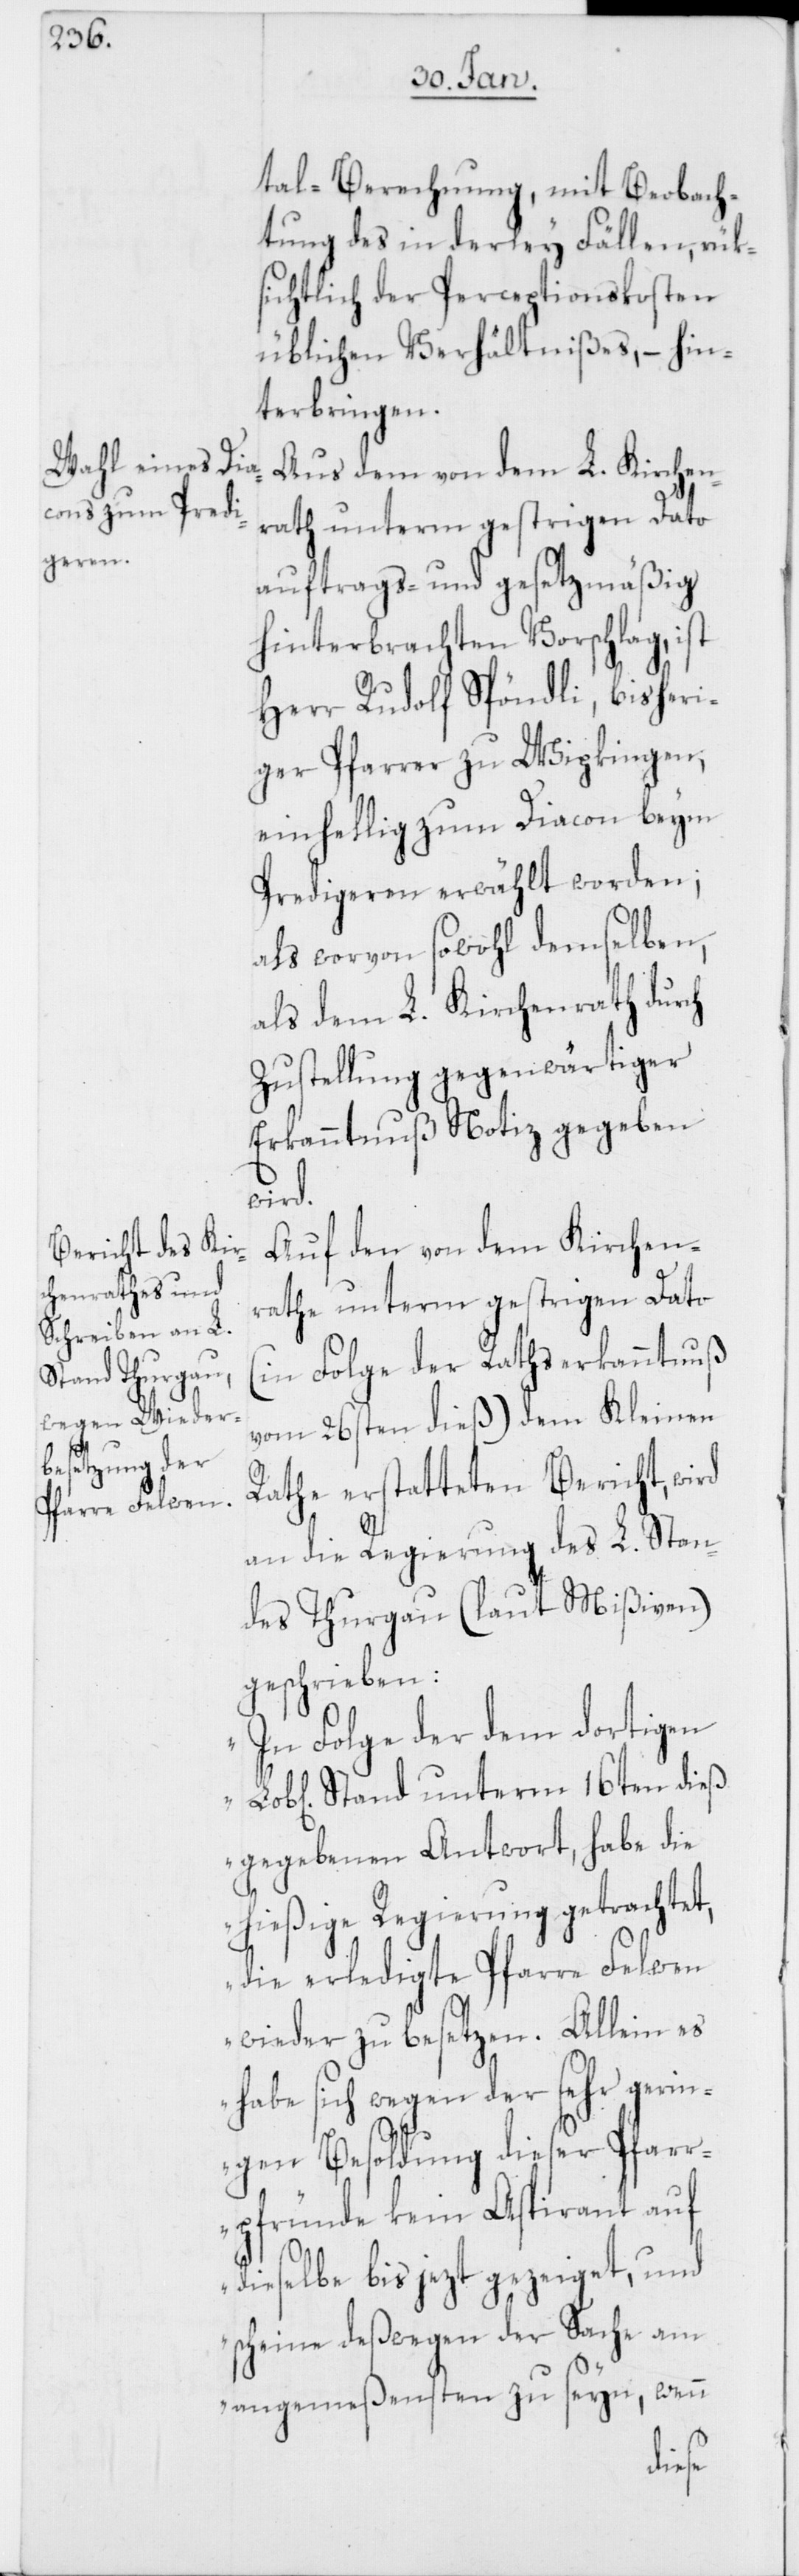
tal-Berechnung, mit Beobach¬
tung des in derley Fällen, rük¬
sichtlich der Perceptionskosten
üblichen Verhältnißes, – hin¬
terbringen.
Aus dem von dem L. Kirchen¬
rath unterm gestrigen Dato
auftrags- und gesetzmäßig
hinterbrachten Vorschlag, ist
Herr Rudolf Spöndli, bisheri¬
ger Pfarrer zu Wipkingen,
einhellig zum Diacon beym
Predigeren erwählt worden;
als worvon sowohl demselben,
als dem L. Kirchenrath durch
Zustellung gegenwärtiger
Erkanntnuß Notiz gegeben
wird.
Auf den von dem Kirchen¬
rathe unterm gestrigen Dato
(in Folge der Rathserkanntnuß
vom 26sten dieß) dem Kleinen
Rathe erstatteten Bericht, wird
an die Regierung des L. Stan¬
des Thurgau (laut Mißiven)
geschrieben:
„In Folge der dem dortigen
Stand unterm 16ten dieß
gegebenen Antwort, habe die
hießige Regierung getrachtet,
die erledigte Pfarre Felwen
wieder zu besetzen. Allein es
habe sich wegen der sehr gerin¬
gen Besoldung dieser Pfarr¬
pfründe kein Aspirant auf
dieselbe bis jezt gezeiget, und
scheine deßwegen der Sache am
angemeßensten zu seyn, wenn